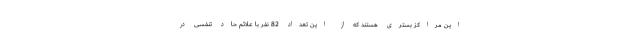
این مراکز بستری هستند که از این تعداد 82 نفر با علائم حاد تنفسی در